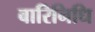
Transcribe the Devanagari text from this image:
बारिनिधि